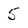
Character: 5